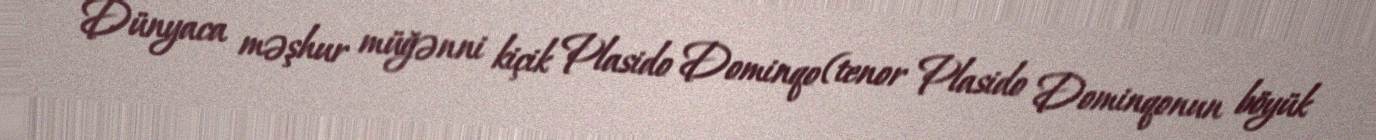
Dünyaca məşhur müğənni kiçik Plasido Dominqo (tenor Plasido Dominqonun böyük